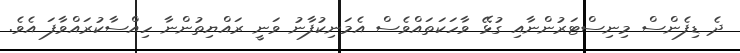
ދެ ޑިފެންސް މިނިސްޓަރުންނާއި ގުޅޭ ވާހަކަތައްވެސް އެމަނިކުފާނު ވަނީ ރައްޔިތުންނާ ހިއްސާކުރައްވާފަ އެވެ.